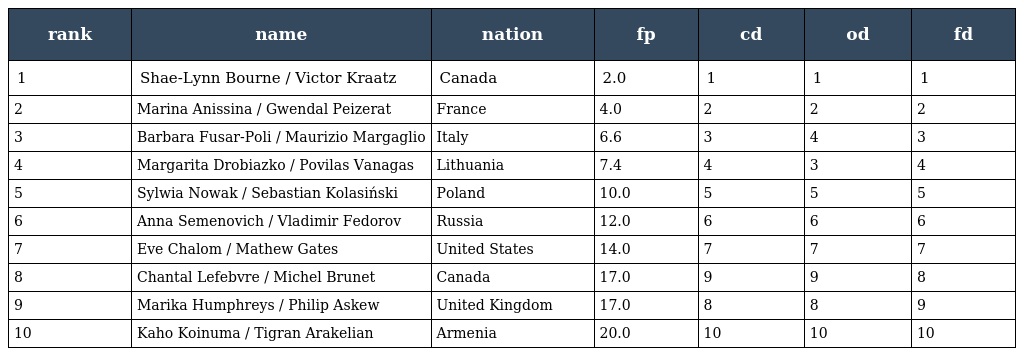
| rank | name | nation | fp | cd | od | fd |
 | --- | --- | --- | --- | --- | --- | --- |
 | 1 | Shae-Lynn Bourne / Victor Kraatz | Canada | 2.0 | 1 | 1 | 1 |
 | 2 | Marina Anissina / Gwendal Peizerat | France | 4.0 | 2 | 2 | 2 |
 | 3 | Barbara Fusar-Poli / Maurizio Margaglio | Italy | 6.6 | 3 | 4 | 3 |
 | 4 | Margarita Drobiazko / Povilas Vanagas | Lithuania | 7.4 | 4 | 3 | 4 |
 | 5 | Sylwia Nowak / Sebastian Kolasiński | Poland | 10.0 | 5 | 5 | 5 |
 | 6 | Anna Semenovich / Vladimir Fedorov | Russia | 12.0 | 6 | 6 | 6 |
 | 7 | Eve Chalom / Mathew Gates | United States | 14.0 | 7 | 7 | 7 |
 | 8 | Chantal Lefebvre / Michel Brunet | Canada | 17.0 | 9 | 9 | 8 |
 | 9 | Marika Humphreys / Philip Askew | United Kingdom | 17.0 | 8 | 8 | 9 |
 | 10 | Kaho Koinuma / Tigran Arakelian | Armenia | 20.0 | 10 | 10 | 10 |